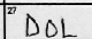
Transcription: DOL